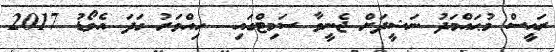
ރައީސް މުޙައްމަދު ނަޝީދަށް ޖެނީވާ ސަމިޓްގައި  ހިއްވަރު ގަދަ އެވޯޑު 2017